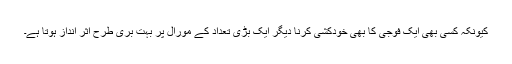
کیونکہ کسی بھی ایک فوجی کا بھی خودکشی کرنا دیگر ایک بڑی تعداد کے مورال پر بہت بری طرح اثر انداز ہوتا ہے۔